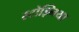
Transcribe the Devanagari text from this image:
स्टोझ्निया